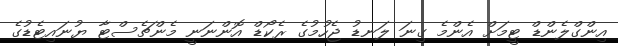
އިންގްލެންޑް ޓީމަށް އެންމެ ގިނަ ލަނޑު ޖެހުމުގެ ރެކޯޑް އޮންނަނީ މެންޗެސްޓާ ޔުނައިޓެޑުގެ